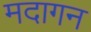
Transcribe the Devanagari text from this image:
मदागन